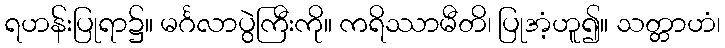
ရဟန်းပြုရာ၌။ မင်္ဂလာပွဲကြီးကို။ ကရိဿာမီတိ၊ ပြုအံ့ဟူ၍။ သတ္တာဟံ၊